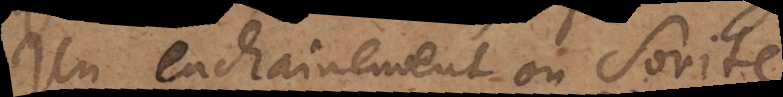
un enchainement ou Sorite,